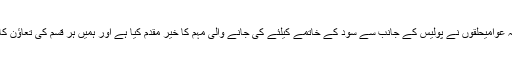
انہوں نے کہا کہ عوامیحلقوں نے پولیس کے جانب سے سود کے خاتمے کیلئے کی جانے والی مہم کا خیر مقدم کیا ہے اور ہمیں ہر قسم کی تعاؤن کا یقین دلایا ہے ۔